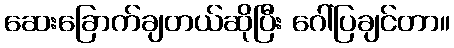
ဆေးခြောက်ချတယ်ဆိုပြီး ဂေါ်ပြချင်တာ။